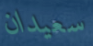
سعيدان